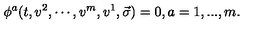
\phi ^ { a } ( t , v ^ { 2 } , \cdots , v ^ { m } , v ^ { 1 } , \vec { \sigma } ) = 0 , a = 1 , . . . , m .